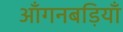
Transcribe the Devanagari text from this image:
आँगनबड़ियाँ